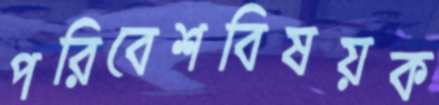
পরিবেশবিষয়ক